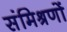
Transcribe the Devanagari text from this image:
संमिश्रणों